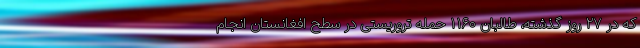
که در ۲۷ روز گذشته، طالبان ۱۱۶۰ حمله تروریستی در سطح افغانستان انجام